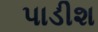
પાડીશ